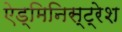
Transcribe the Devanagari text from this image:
ऐड्मिनिस्ट्रेश